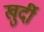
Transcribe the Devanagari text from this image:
खुर्दी